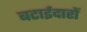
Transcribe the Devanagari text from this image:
बटाईदारों